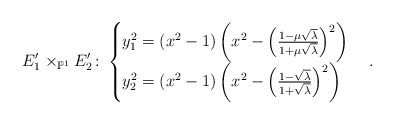
\begin{align*}E_1'\times_{\mathbb{P}^1}E_2' \colon\begin{cases}y_1^2= (x^2-1)\left(x^2-\left(\frac{1-\mu\sqrt{\lambda}}{1+\mu\sqrt{\lambda}}\right)^2\right)\\y_2^2= (x^2-1)\left(x^2-\left(\frac{1-\sqrt{\lambda}}{1+\sqrt{\lambda}}\right)^2\right)\end{cases}.\end{align*}